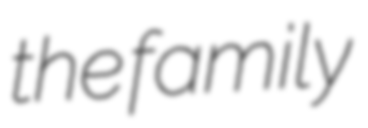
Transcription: the family